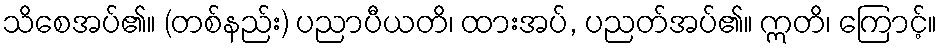
သိစေအပ်၏။ (တစ်နည်း) ပညာပီယတိ၊ ထားအပ်, ပညတ်အပ်၏။ ဣတိ၊ ကြောင့်။